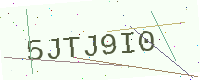
Text: 5JTJ9I0